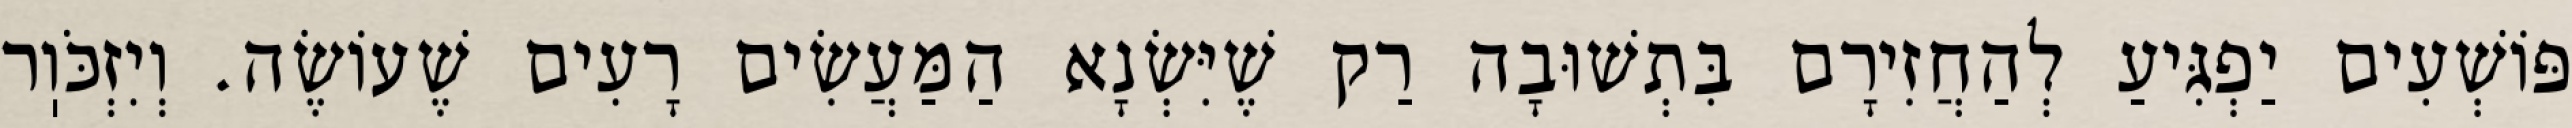
פּוֹשְׁעִים יַפְגִּיעַ לְהַחֲזִירָם בִּתְשׁוּבָה רַק שֶׁיִּשְׂנָא הַמַּעֲשִׂים רָעִים שֶׁעוֹשֶׂה. וְיִזְכֹּוֽר